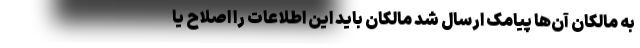
به مالکان آن‌ها پیامک ارسال شد مالکان باید این اطلاعات را اصلاح یا